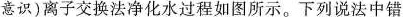
意识)离子交换法净化水过程如图所示。下列说法中错误